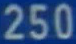
250